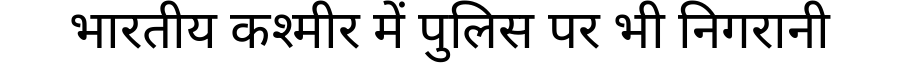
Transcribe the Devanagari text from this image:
भारतीय कश्मीर में पुलिस पर भी निगरानी